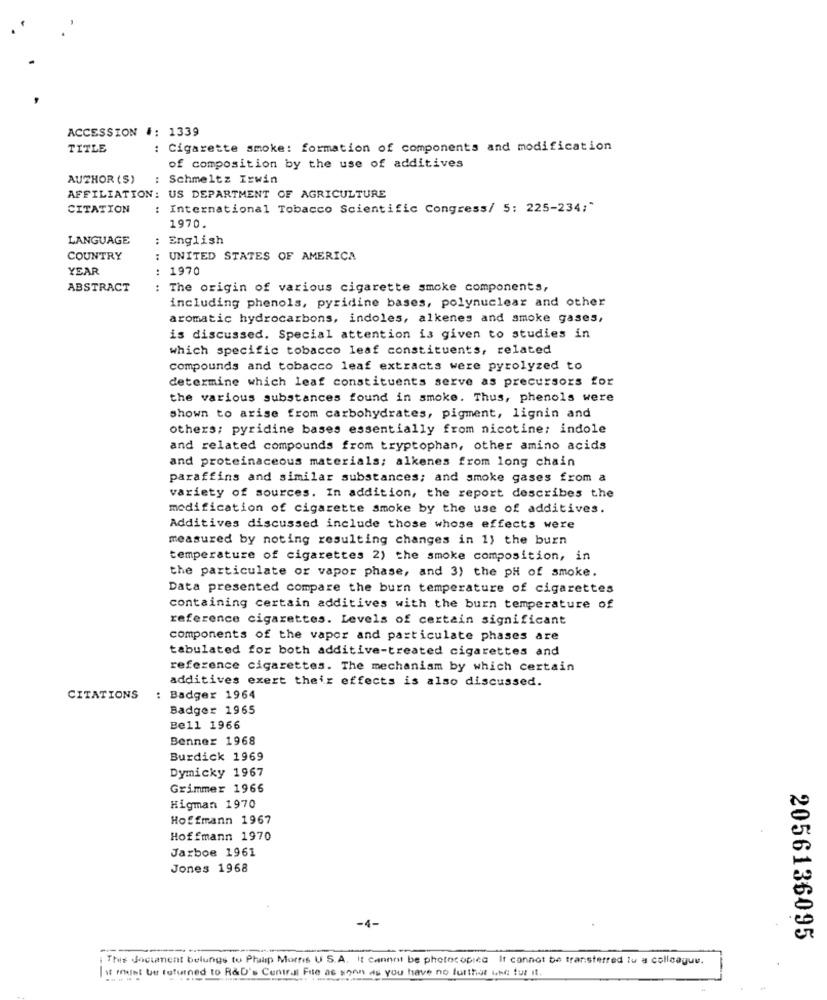
ACCESSION #: 1339
TITLE
: Cigarette smoke: formation of components and modification
of composition by the use of additives
AUTHOR (S)
: Schmeltz Irwin
AFFILIATION: US DEPARTMENT OF AGRICULTURE
CITATION
: International Tobacco Scientific Congress/ 5: 225-234;"
1970.
LANGUAGE
: English
COUNTRY
: UNITED STATES OF AMERICA
YEAR
1970
ABSTRACT
: The origin of various cigarette smoke components,
including phenols, pyridine bases, polynuclear and other
aromatic hydrocarbons, indoles, alkenes and smoke gases,
is discussed. Special attention is given to studies in
which specific tobacco leaf constituents, related
compounds and tobacco leaf extracts were pyrolyzed to
determine which leaf constituents serve as precursors for
the various substances found in smoke. Thus, phenols were
shown to arise from carbohydrates, pigment, lignin and
others; pyridine bases essentially from nicotine; indole
and related compounds from tryptophan, other amino acids
and proteinaceous materials; alkenes from long chain
paraffins and similar substances; and smoke gases from a
variety of sources. In addition, the report describes the
modification of cigarette smoke by the use of additives.
Additives discussed include those whose effects were
measured by noting resulting changes in 1) the burn
temperature of cigarettes 2) the smoke composition, in
the particulate or vapor phase, and 3) the pH of smoke.
Data presented compare the burn temperature of cigarettes
containing certain additives with the burn temperature of
reference cigarettes. Levels of certain significant
components of the vapor and particulate phases are
tabulated for both additive-treated cigarettes and
reference cigarettes. The mechanism by which certain
additives exert their effects is also discussed.
CITATIONS
Badger 1964
Badger 1965
Bell 1966
Benner 1968
Burdick 1969
Dymicky 1967
Grimmer 1966
Higman 1970
Hoffmann 1967
Hoffmann 1970
Jarboe 1961
Jones 1968
-4-
2056136095
-
This document belungs to Philip Morris U S.A. It cannot be photocopiea It cannot be transferred lu a colleague.
of mint be returned to R&D's Central File as soon as you have no further owe for it